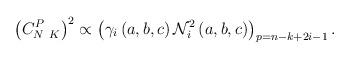
LaTeX: \begin{align*}\left( C_{N\ K}^{P}\right) ^{2}\propto \left( \gamma _{i}\left( a,b,c\right) \mathcal{N}_{i}^{2}\left( a,b,c\right) \right) _{p=n-k+2i-1}. \end{align*}